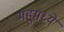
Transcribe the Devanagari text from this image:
महूमध्ये